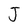
Character: J